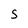
Character: s